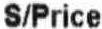
S/PRICE